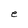
Character: e